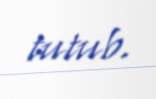
tutub.